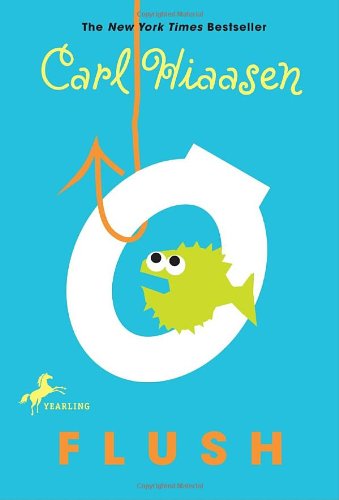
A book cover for Flush; Carl Hiaasen; Children's Books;